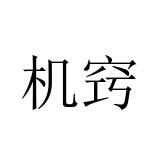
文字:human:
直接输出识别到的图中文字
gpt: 机窍